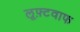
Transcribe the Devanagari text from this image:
लूफ़्टवाफ